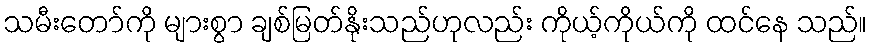
သမီးတော်ကို များစွာ ချစ်မြတ်နိုးသည်ဟုလည်း ကိုယ့်ကိုယ်ကို ထင်နေ သည်။